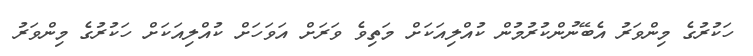
ހަކުރުގެ މިންވަރު އެބޭނުންކުރުމުން ކުއްލިއަކަށް މަތިވެ ވަރަށް އަވަހަށް ކުއްލިއަކަށް ހަކުރުގެ މިންވަރު